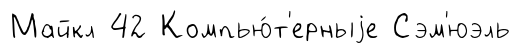
Майкл 42 Компью́т'ерныjе Сэм'юэль